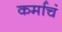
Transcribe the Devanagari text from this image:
कर्माचं